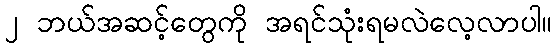
၂ ဘယ်အဆင့်တွေကို အရင်သုံးရမလဲလေ့လာပါ။